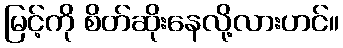
မြင့်ကို စိတ်ဆိုးနေလို့လားဟင်။